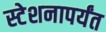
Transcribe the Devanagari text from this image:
स्टेशनापर्यंत